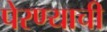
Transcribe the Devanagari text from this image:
पेरण्याची